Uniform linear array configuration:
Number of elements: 48
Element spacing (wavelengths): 1
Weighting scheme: kaiser
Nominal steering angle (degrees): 45
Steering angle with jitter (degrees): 43.707
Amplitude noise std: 0.05
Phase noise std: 0.05

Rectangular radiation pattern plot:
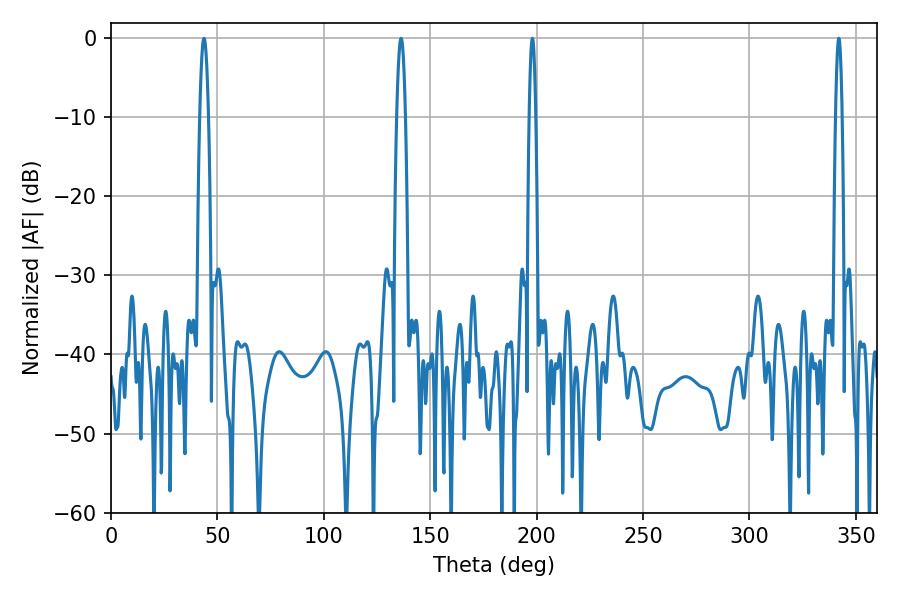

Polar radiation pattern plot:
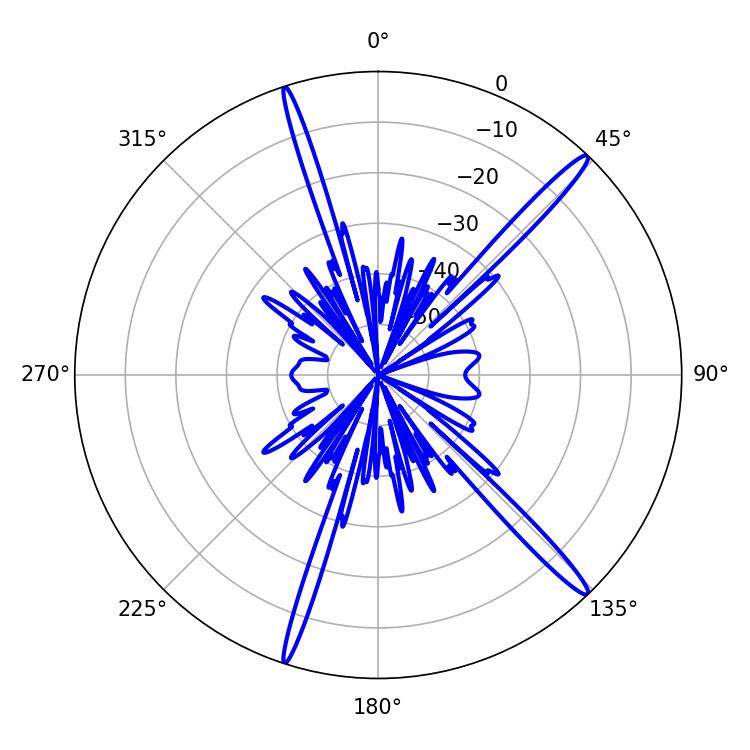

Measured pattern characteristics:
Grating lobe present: TRUE
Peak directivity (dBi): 17.052
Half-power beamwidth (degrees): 1.62
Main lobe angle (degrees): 342